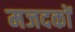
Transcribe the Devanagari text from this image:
मजदकों